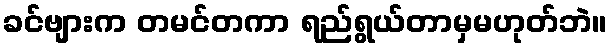
ခင်ဗျားက တမင်တကာ ရည်ရွယ်တာမှမဟုတ်ဘဲ။